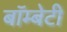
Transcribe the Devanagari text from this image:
बॉम्बेटी